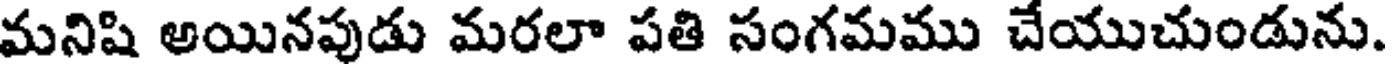
మనిషి అయినపుడు మరలా పతి సంగమము చేయుచుండును.